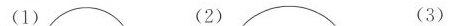
(1) (2) (3)